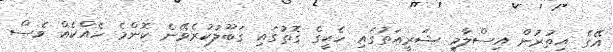
އޭގެ އިތުރުން އިސްލާމީ ޝަރީއަތުގައި ހެކީގެ ގޮތުގައި ގަބޫލުކުރެވޭނެ ކޮންމެ ހެއްކެއް ވެސް